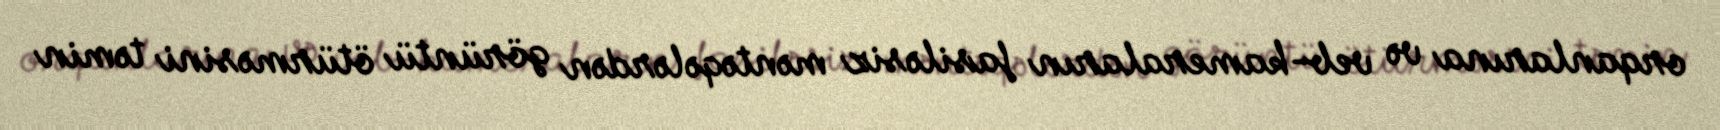
orqanlarına və veb-kameraların fasiləsiz məntəqələrdən görüntü ötürməsini təmin